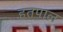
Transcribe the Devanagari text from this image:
हतपाल